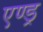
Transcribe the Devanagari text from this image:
एण्ड्र